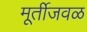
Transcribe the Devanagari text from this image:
मूर्तीजवळ